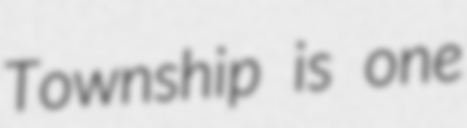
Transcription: Township is one